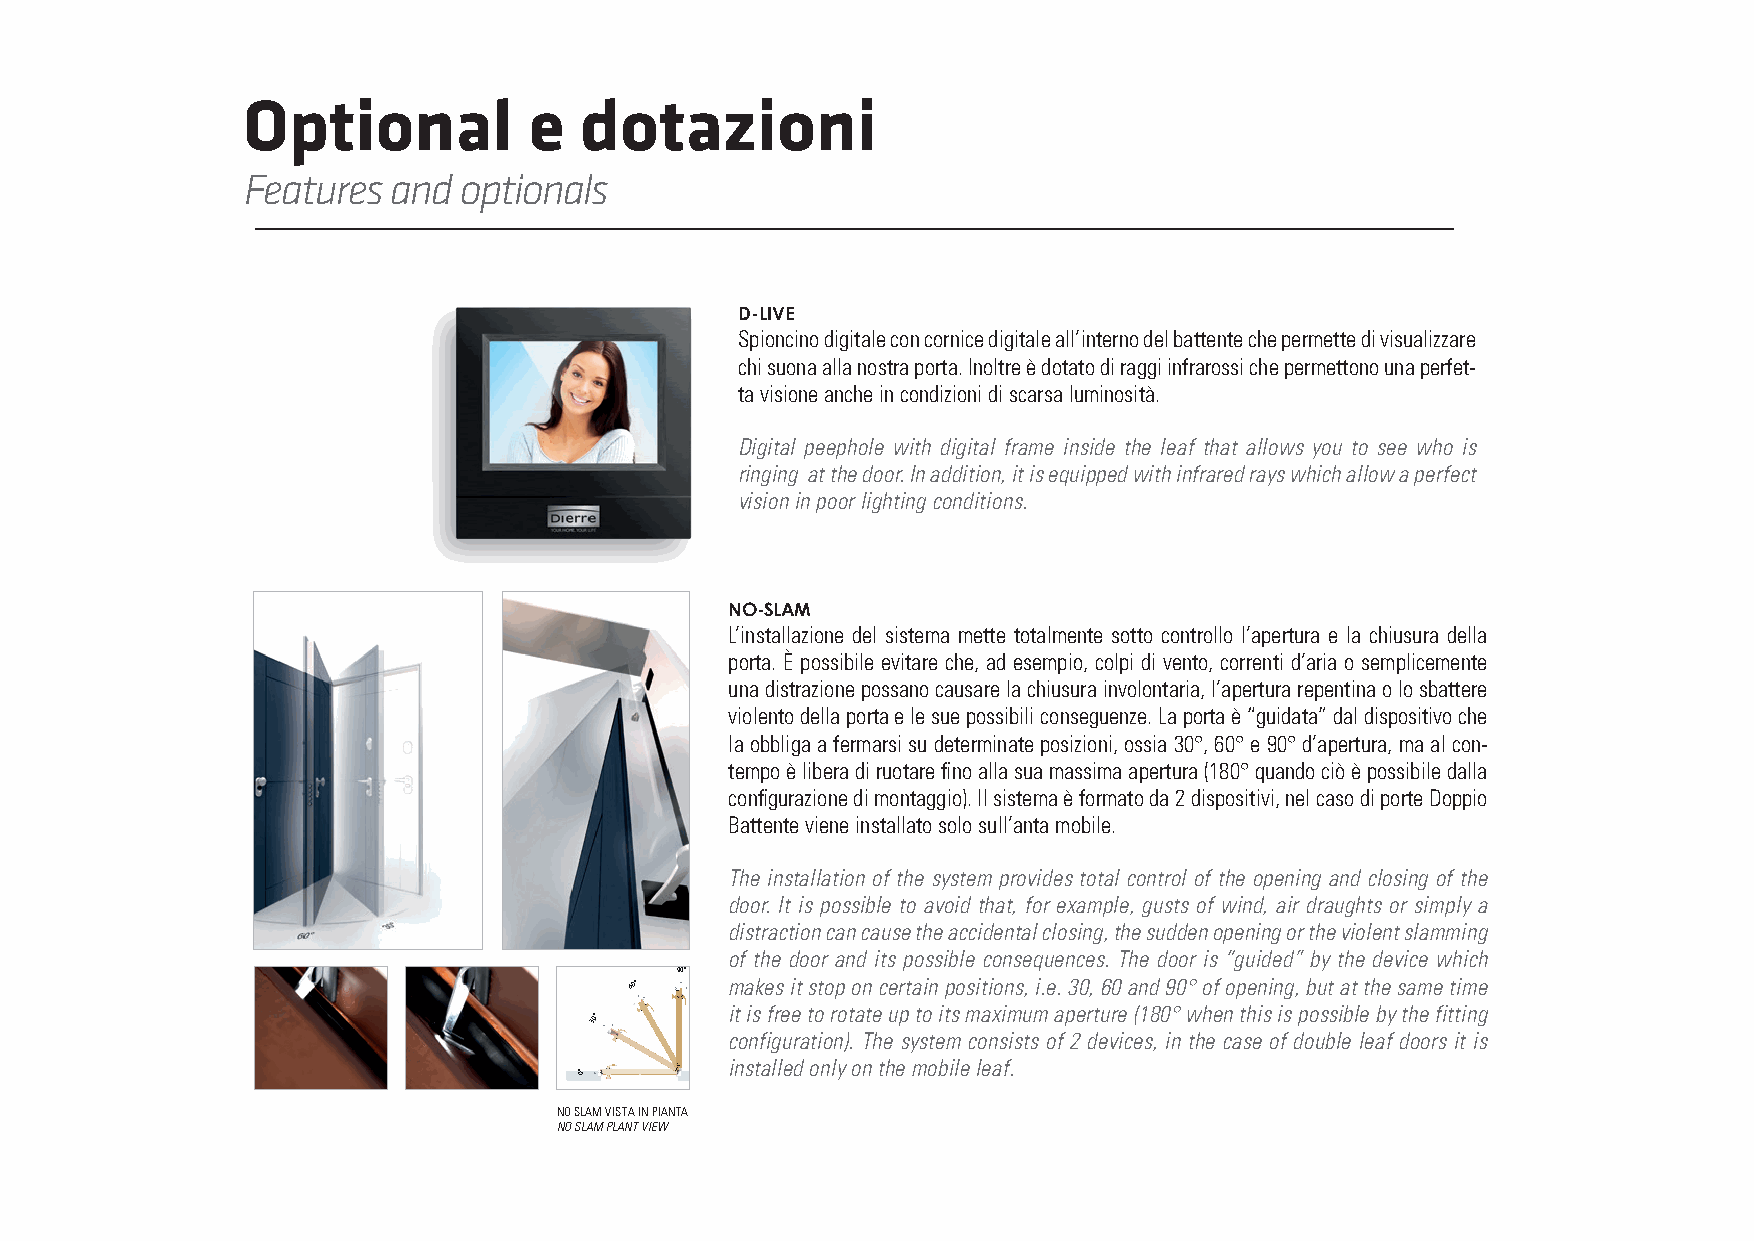
Optional           e  dotazioni
 Features  and optionals
 D-LIVE
 Spioncino digitale con cornice digitale all’interno del battente che permette di visualizzare
 chi suona alla nostra porta. Inoltre è dotato di raggi infrarossi che permettono una perfet-
 ta visione anche in condizioni di scarsa luminosità.
 Digital peephole with digital frame inside the leaf that allows you to see who is
 ringing at the door. In addition, it is equipped with infrared rays which allow a perfect
 vision in poor lighting conditions.
 NO-SLAM
 L’installazione del sistema mette totalmente sotto controllo l’apertura e la chiusura della
 porta. È possibile evitare che, ad esempio, colpi di vento, correnti d’aria o semplicemente
 una distrazione possano causare la chiusura involontaria, l’apertura repentina o lo sbattere
 violento della porta e le sue possibili conseguenze. La porta è “guidata” dal dispositivo che
 la obbliga a fermarsi su determinate posizioni, ossia 30°, 60° e 90° d’apertura, ma al con-
 tempo è libera di ruotare fino alla sua massima apertura (180° quando ciò è possibile dalla
 configurazione di montaggio). Il sistema è formato da 2 dispositivi, nel caso di porte Doppio
 Battente viene installato solo sull’anta mobile.
 The installation of the system provides total control of the opening and closing of the
 door. It is possible to avoid that, for example, gusts of wind, air draughts or simply a
 distraction can cause the accidental closing, the sudden opening or the violent slamming
 of the door and its possible consequences. The door is “guided” by the device which
 90°
 60°   makes it stop on certain positions, i.e. 30, 60 and 90° of opening, but at the same time
 it is free to rotate up to its maximum aperture (180° when this is possible by the fitting
 30°
 configuration). The system consists of 2 devices, in the case of double leaf doors it is
 installed only on the mobile leaf.
 0°
 NO SLAM VISTA IN PIANTA
 NO SLAM PLANT VIEW